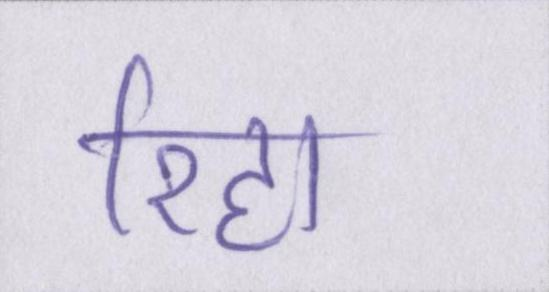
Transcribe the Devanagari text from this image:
रिहा